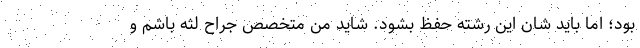
بود؛ اما باید شان این رشته حفظ بشود. شاید من متخصص جراح لثه باشم و